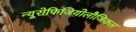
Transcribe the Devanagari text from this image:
न्यूरोफिजियोलौजिकल